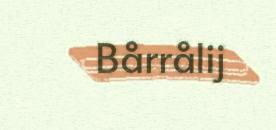
Bårrålij